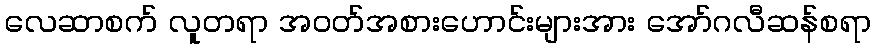
လေဆာစက် လူတရာ အဝတ်အစားဟောင်းများအား အော်ဂလီဆန်စရာ